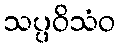
သပ္ပဝိသံဝ